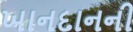
ખાનદાનની